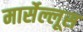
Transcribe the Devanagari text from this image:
मार्सेल्लूस